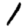
Digit: 1